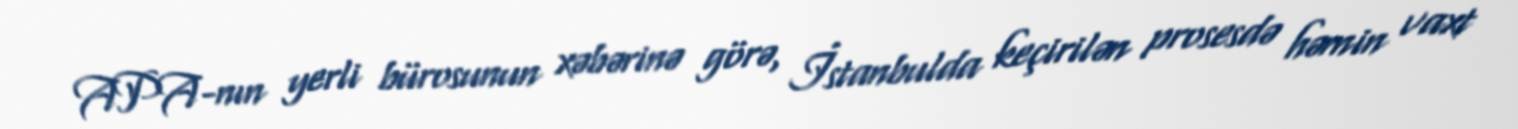
APA-nın yerli bürosunun xəbərinə görə, İstanbulda keçirilən prosesdə həmin vaxt